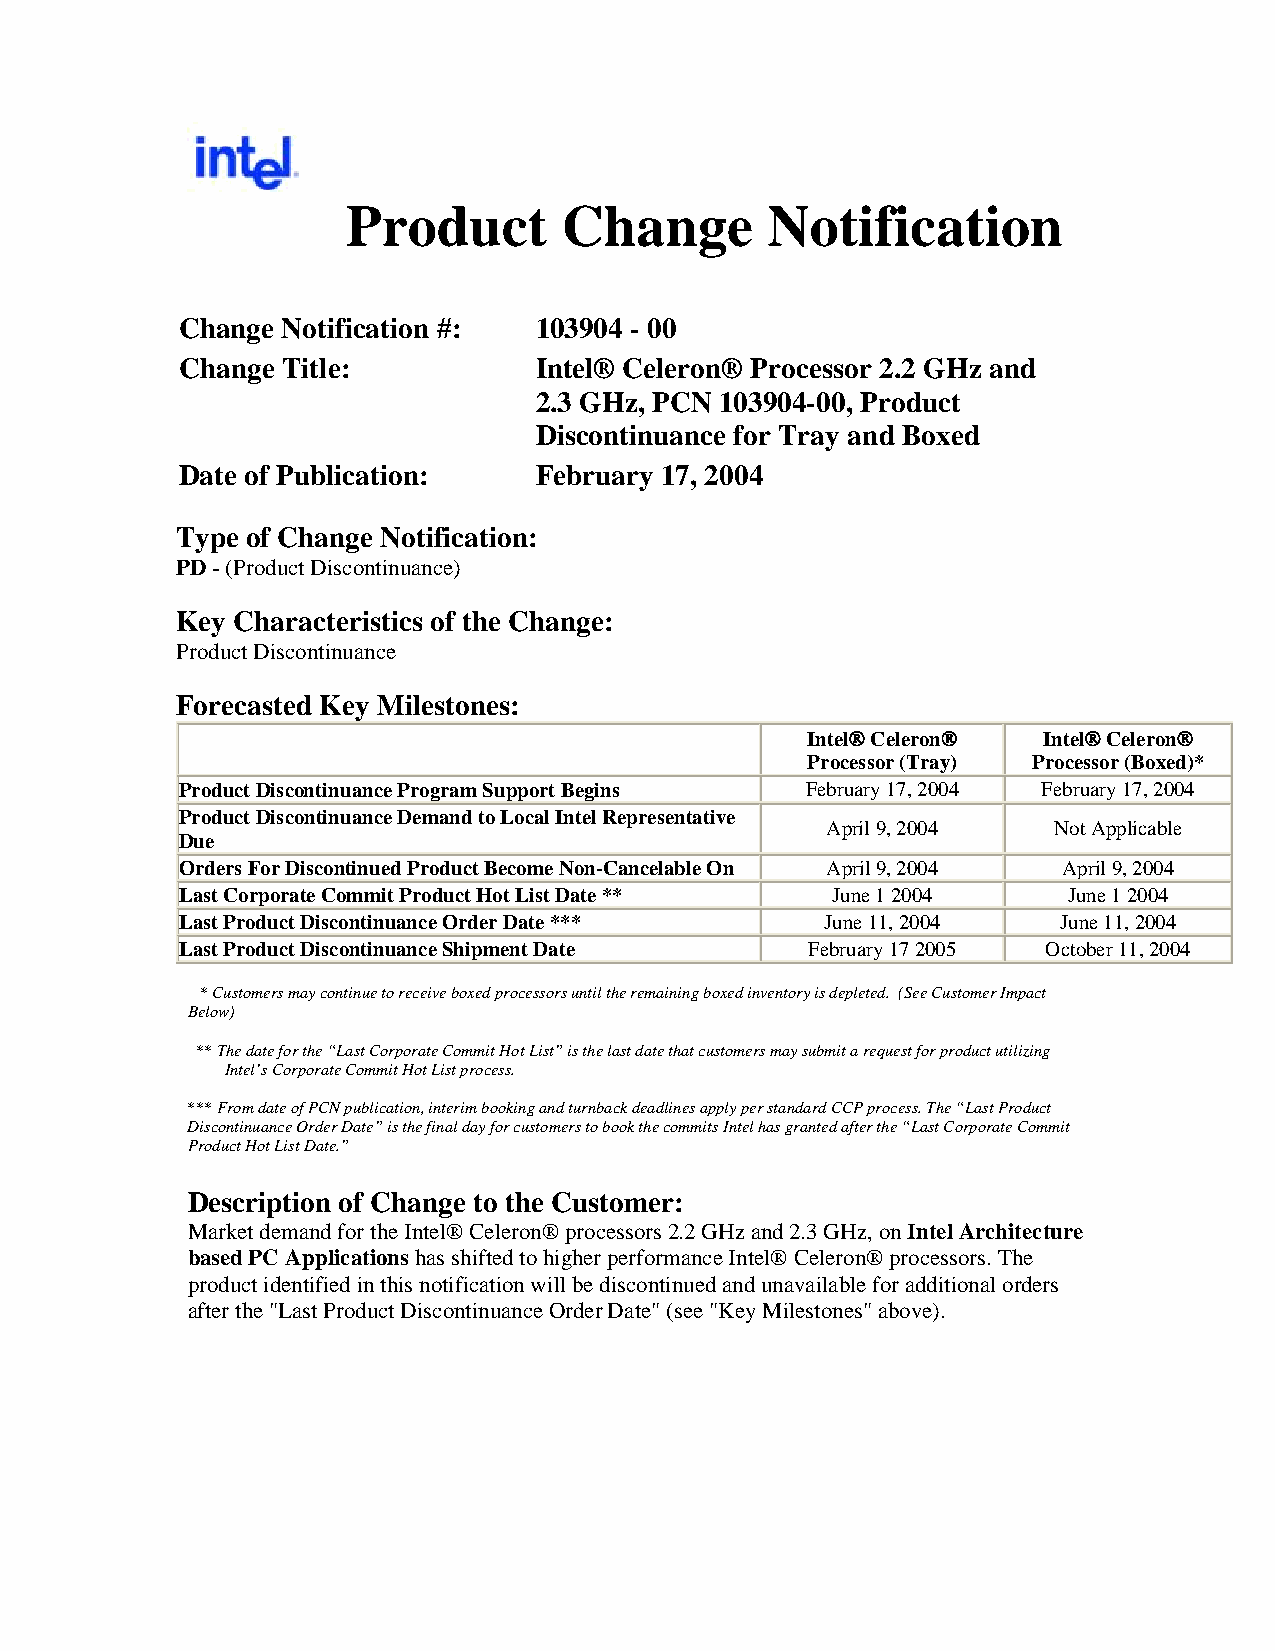
Product       Change        Notification
 Change Notification #: 103904 - 00
 Change Title:          Intel® Celeron® Processor 2.2 GHz and
 2.3 GHz, PCN 103904-00, Product
 Discontinuance for Tray and Boxed
 Date of Publication:   February 17, 2004
 Type of Change Notification:
 PD - (Product Discontinuance)
 Key Characteristics of the Change:
 Product Discontinuance
 Forecasted Key Milestones:
 Intel® Celeron® Intel® Celeron®
 Processor (Tray) Processor (Boxed)*
 Product Discontinuance Program Support Begins February 17, 2004 February 17, 2004
 Product Discontinuance Demand to Local Intel Representative
 April 9, 2004  Not Applicable
 Due
 Orders For Discontinued Product Become Non-Cancelable On April 9, 2004 April 9, 2004
 Last Corporate Commit Product Hot List Date ** June 1 2004 June 1 2004
 Last Product Discontinuance Order Date *** June 11, 2004  June 11, 2004
 Last Product Discontinuance Shipment Date February 17 2005 October 11, 2004
 * Customers may continue to receive boxed processors until the remaining boxed inventory is depleted. (See Customer Impact
 Below)
 ** The date for the “Last Corporate Commit Hot List” is the last date that customers may submit a request for product utilizing
 Intel’s Corporate Commit Hot List process.
 *** From date of PCN publication, interim booking and turnback deadlines apply per standard CCP process. The “Last Product
 Discontinuance Order Date” is the final day for customers to book the commits Intel has granted after the “Last Corporate Commit
 Product Hot List Date.”
 Description of Change to the Customer:
 Market demand for the Intel® Celeron® processors 2.2 GHz and 2.3 GHz, on Intel Architecture
 based PC Applications has shifted to higher performance Intel® Celeron® processors. The
 product identified in this notification will be discontinued and unavailable for additional orders
 after the "Last Product Discontinuance Order Date" (see "Key Milestones" above).